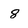
Character: 8